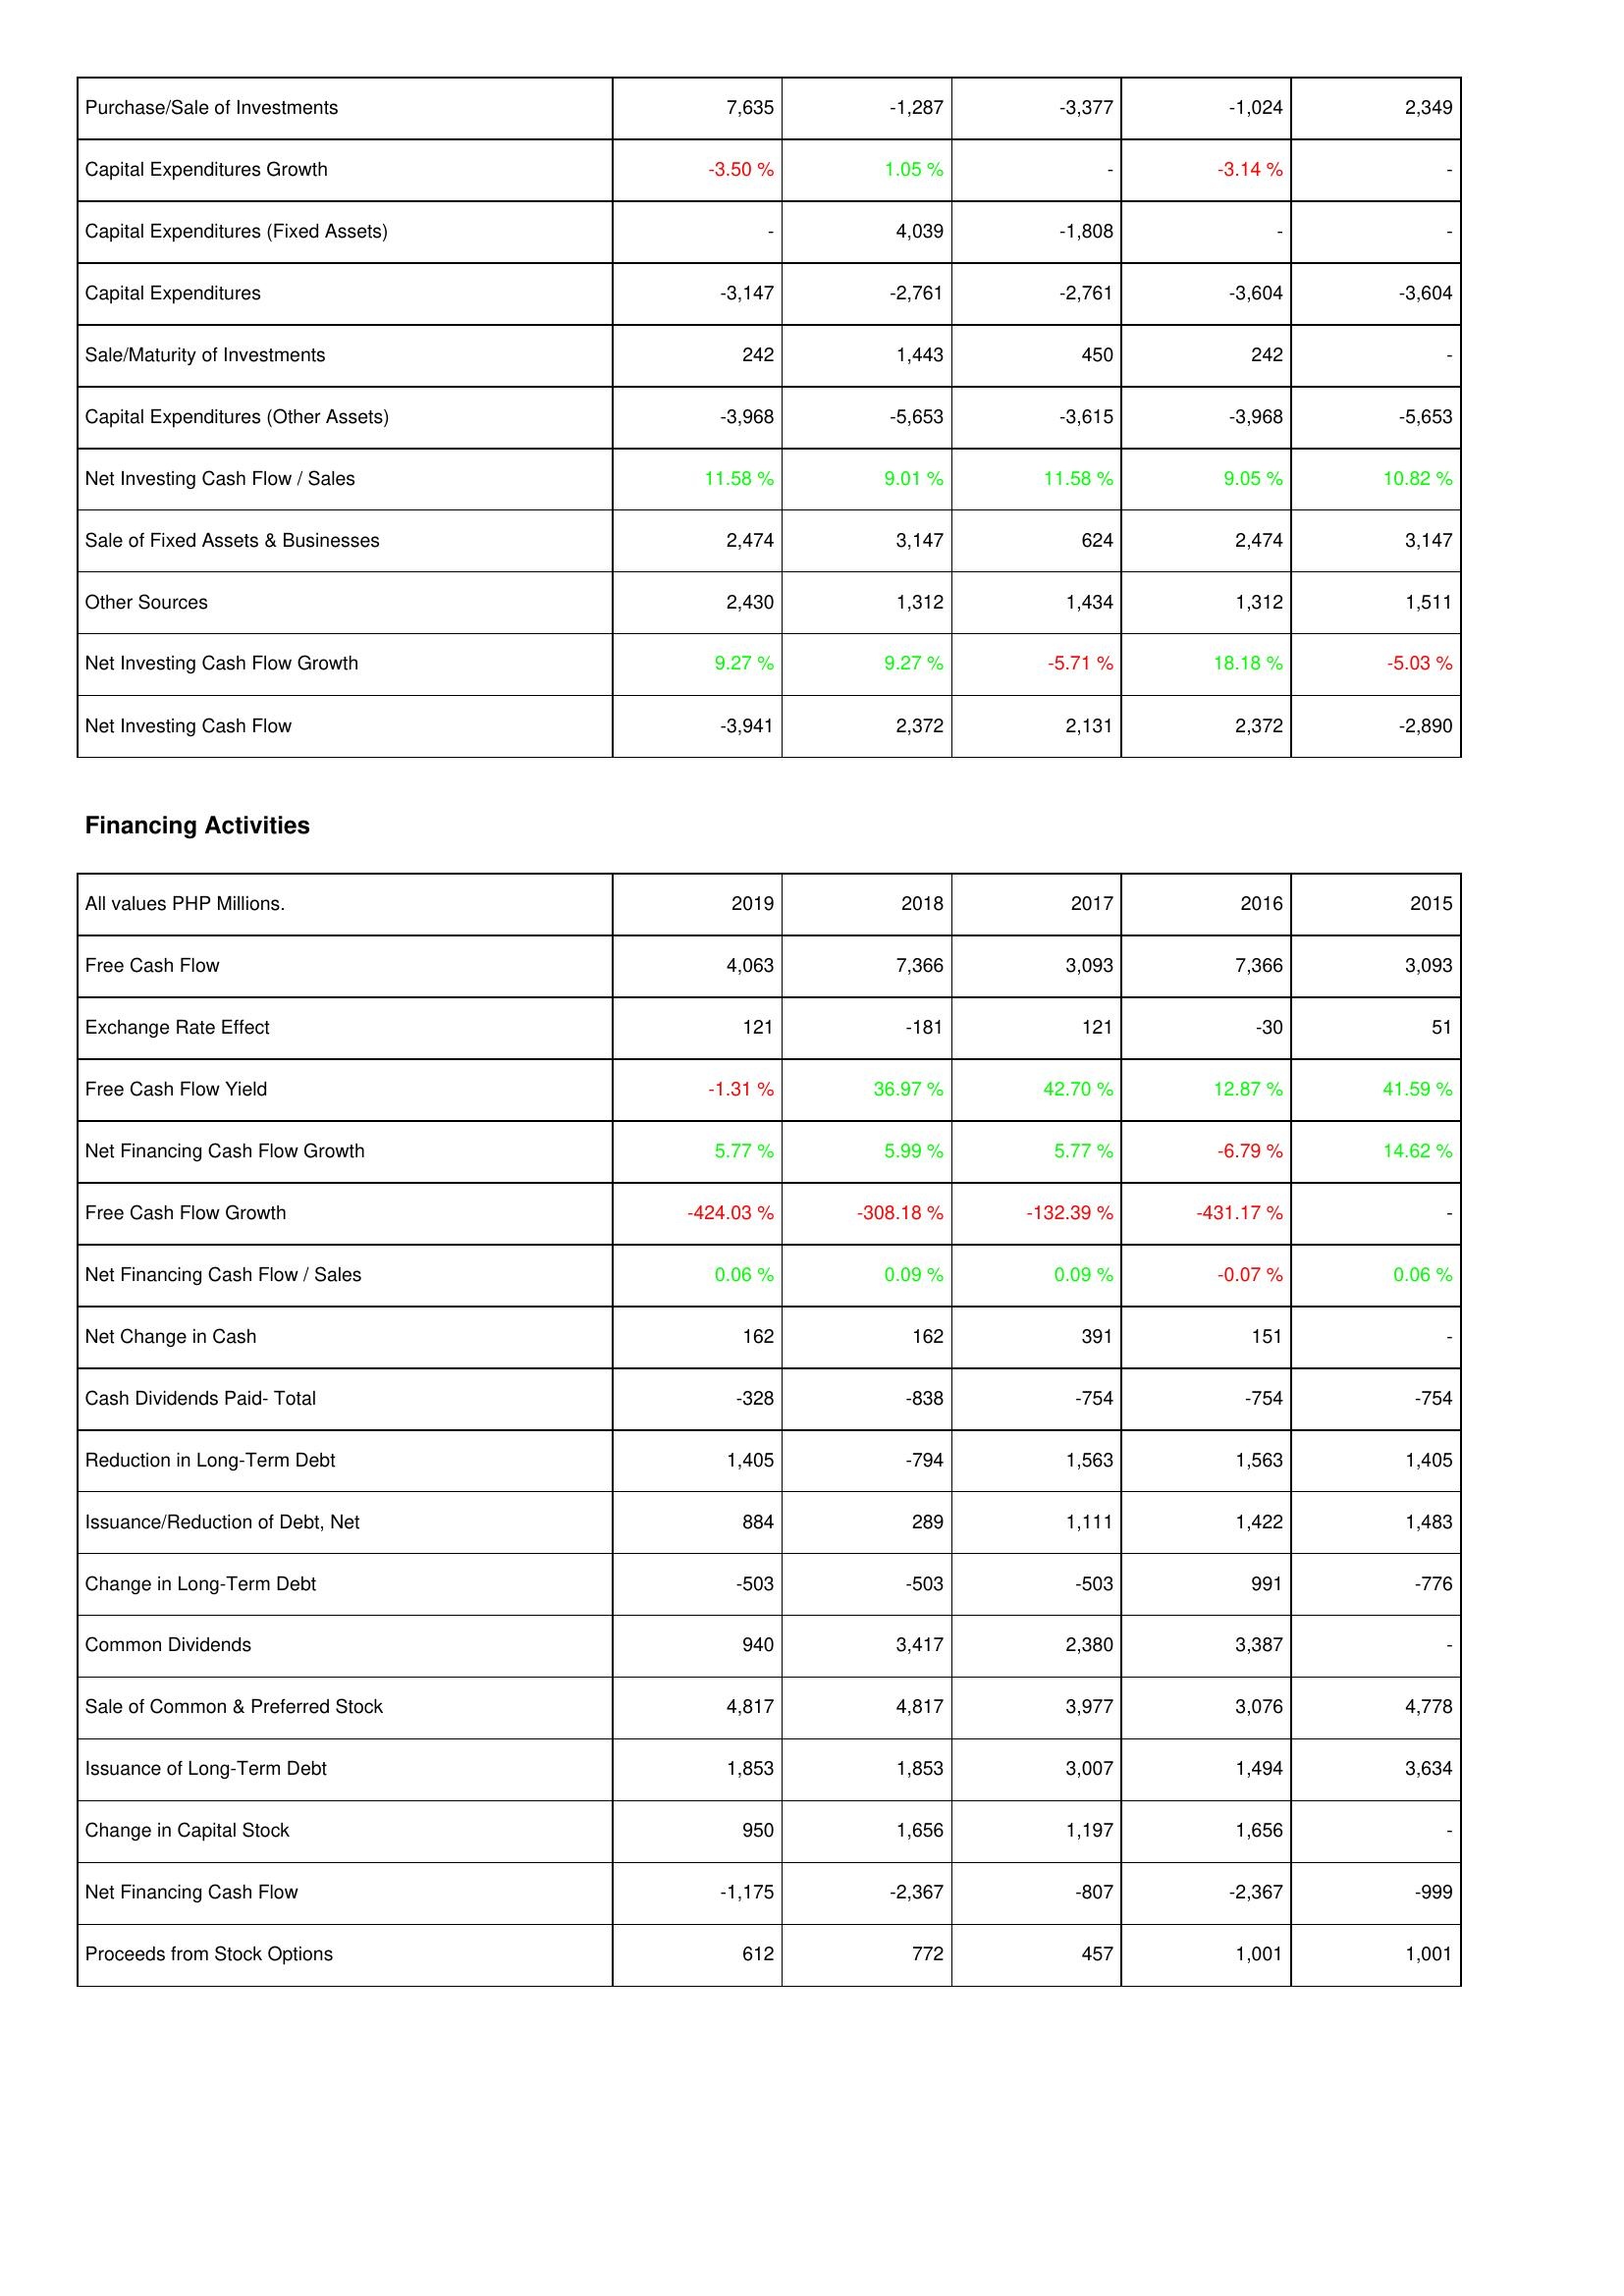
2019: Investing Activities: Purchase/Sale of Investments: 7,635
Capital Expenditures Growth: -3.50 %
Capital Expenditures (Fixed Assets): -
Capital Expenditures: -3,147
Sale/Maturity of Investments: 242
Capital Expenditures (Other Assets): -3,968
Net Investing Cash Flow / Sales: 11.58 %
Sale of Fixed Assets & Businesses: 2,474
Other Sources: 2,430
Net Investing Cash Flow Growth: 9.27 %
Net Investing Cash Flow: -3,941
Financing Activities: Free Cash Flow: 4,063
Exchange Rate Effect: 121
Free Cash Flow Yield: -1.31 %
Net Financing Cash Flow Growth: 5.77 %
Free Cash Flow Growth: -424.03 %
Net Financing Cash Flow / Sales: 0.06 %
Net Change in Cash: 162
Cash Dividends Paid- Total: -328
Reduction in Long-Term Debt: 1,405
Issuance/Reduction of Debt, Net: 884
Change in Long-Term Debt: -503
Common Dividends: 940
Sale of Common & Preferred Stock: 4,817
Issuance of Long-Term Debt: 1,853
Change in Capital Stock: 950
Net Financing Cash Flow: -1,175
Proceeds from Stock Options: 612
2018: Investing Activities: Purchase/Sale of Investments: -1,287
Capital Expenditures Growth: 1.05 %
Capital Expenditures (Fixed Assets): 4,039
Capital Expenditures: -2,761
Sale/Maturity of Investments: 1,443
Capital Expenditures (Other Assets): -5,653
Net Investing Cash Flow / Sales: 9.01 %
Sale of Fixed Assets & Businesses: 3,147
Other Sources: 1,312
Net Investing Cash Flow Growth: 9.27 %
Net Investing Cash Flow: 2,372
Financing Activities: Free Cash Flow: 7,366
Exchange Rate Effect: -181
Free Cash Flow Yield: 36.97 %
Net Financing Cash Flow Growth: 5.99 %
Free Cash Flow Growth: -308.18 %
Net Financing Cash Flow / Sales: 0.09 %
Net Change in Cash: 162
Cash Dividends Paid- Total: -838
Reduction in Long-Term Debt: -794
Issuance/Reduction of Debt, Net: 289
Change in Long-Term Debt: -503
Common Dividends: 3,417
Sale of Common & Preferred Stock: 4,817
Issuance of Long-Term Debt: 1,853
Change in Capital Stock: 1,656
Net Financing Cash Flow: -2,367
Proceeds from Stock Options: 772
2017: Investing Activities: Purchase/Sale of Investments: -3,377
Capital Expenditures Growth: -
Capital Expenditures (Fixed Assets): -1,808
Capital Expenditures: -2,761
Sale/Maturity of Investments: 450
Capital Expenditures (Other Assets): -3,615
Net Investing Cash Flow / Sales: 11.58 %
Sale of Fixed Assets & Businesses: 624
Other Sources: 1,434
Net Investing Cash Flow Growth: -5.71 %
Net Investing Cash Flow: 2,131
Financing Activities: Free Cash Flow: 3,093
Exchange Rate Effect: 121
Free Cash Flow Yield: 42.70 %
Net Financing Cash Flow Growth: 5.77 %
Free Cash Flow Growth: -132.39 %
Net Financing Cash Flow / Sales: 0.09 %
Net Change in Cash: 391
Cash Dividends Paid- Total: -754
Reduction in Long-Term Debt: 1,563
Issuance/Reduction of Debt, Net: 1,111
Change in Long-Term Debt: -503
Common Dividends: 2,380
Sale of Common & Preferred Stock: 3,977
Issuance of Long-Term Debt: 3,007
Change in Capital Stock: 1,197
Net Financing Cash Flow: -807
Proceeds from Stock Options: 457
2016: Investing Activities: Purchase/Sale of Investments: -1,024
Capital Expenditures Growth: -3.14 %
Capital Expenditures (Fixed Assets): -
Capital Expenditures: -3,604
Sale/Maturity of Investments: 242
Capital Expenditures (Other Assets): -3,968
Net Investing Cash Flow / Sales: 9.05 %
Sale of Fixed Assets & Businesses: 2,474
Other Sources: 1,312
Net Investing Cash Flow Growth: 18.18 %
Net Investing Cash Flow: 2,372
Financing Activities: Free Cash Flow: 7,366
Exchange Rate Effect: -30
Free Cash Flow Yield: 12.87 %
Net Financing Cash Flow Growth: -6.79 %
Free Cash Flow Growth: -431.17 %
Net Financing Cash Flow / Sales: -0.07 %
Net Change in Cash: 151
Cash Dividends Paid- Total: -754
Reduction in Long-Term Debt: 1,563
Issuance/Reduction of Debt, Net: 1,422
Change in Long-Term Debt: 991
Common Dividends: 3,387
Sale of Common & Preferred Stock: 3,076
Issuance of Long-Term Debt: 1,494
Change in Capital Stock: 1,656
Net Financing Cash Flow: -2,367
Proceeds from Stock Options: 1,001
2015: Investing Activities: Purchase/Sale of Investments: 2,349
Capital Expenditures Growth: -
Capital Expenditures (Fixed Assets): -
Capital Expenditures: -3,604
Sale/Maturity of Investments: -
Capital Expenditures (Other Assets): -5,653
Net Investing Cash Flow / Sales: 10.82 %
Sale of Fixed Assets & Businesses: 3,147
Other Sources: 1,511
Net Investing Cash Flow Growth: -5.03 %
Net Investing Cash Flow: -2,890
Financing Activities: Free Cash Flow: 3,093
Exchange Rate Effect: 51
Free Cash Flow Yield: 41.59 %
Net Financing Cash Flow Growth: 14.62 %
Free Cash Flow Growth: -
Net Financing Cash Flow / Sales: 0.06 %
Net Change in Cash: -
Cash Dividends Paid- Total: -754
Reduction in Long-Term Debt: 1,405
Issuance/Reduction of Debt, Net: 1,483
Change in Long-Term Debt: -776
Common Dividends: -
Sale of Common & Preferred Stock: 4,778
Issuance of Long-Term Debt: 3,634
Change in Capital Stock: -
Net Financing Cash Flow: -999
Proceeds from Stock Options: 1,001